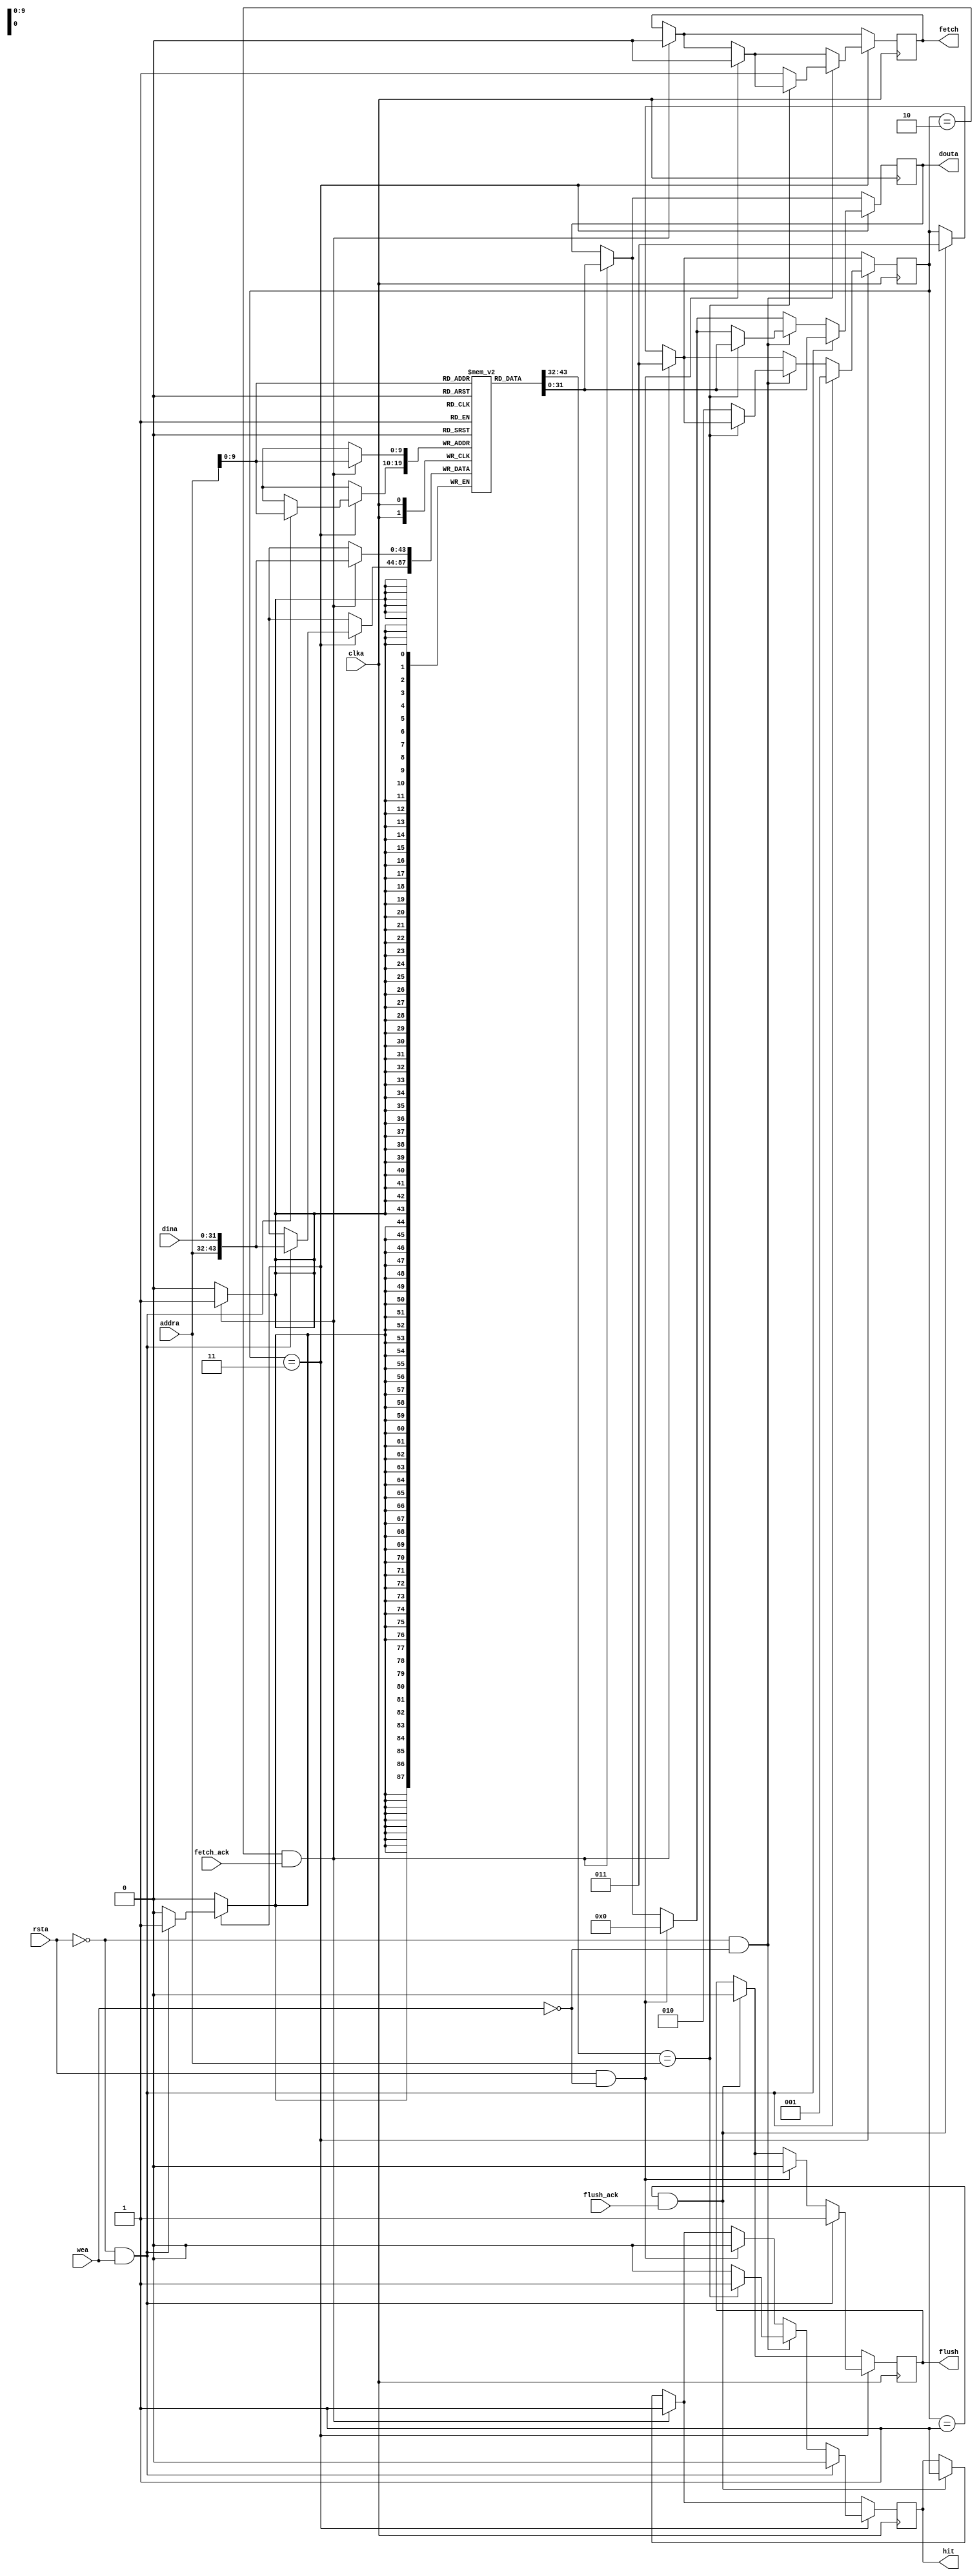
`timescale 1ns / 1ps
//////////////////////////////////////////////////////////////////////////////////
// Company:        ADDA Ltd.
// 
// Design Name: 
// Module Name:    unified_cache_1024_words 
// Project Name: 
// Target Devices: 
// Tool versions: 
// Description: 
//
// Dependencies: 
//
// Revision: 
// Revision 0.01 - File Created
// Additional Comments: 
//
//////////////////////////////////////////////////////////////////////////////////
module parameterized_direct_mapped_cache(clka, rsta, wea, addra, dina, fetch_ack, flush_ack, douta, flush, fetch, hit);

  // Parameters (and their default values)
  parameter SIZE                = 1024; // Cache size in words
  parameter ADDRESS_SPACE       = 12;   // Of the entire memory
  parameter DATA_SIZE           = 32;   // The word size
  parameter CACHE_ADDRESS_SPACE = 10;   // The rest of the addresses wrap around

  // Inputs
  input clka;                           // Clock
  input rsta;                           // Reset
  input [0:0] wea;                      // Write Enable
  input [ADDRESS_SPACE-1:0] addra;      // Max mem space is 31:0 in final circuit. 
                                        //   For now it is 11:0 in onboard ram
  input [DATA_SIZE-1:0] dina;           // Data in
  input fetch_ack;                      // When RAM find information and places it on the data b
  input flush_ack;                      // When RAM acknowledges the receipt of data

  // Outputs
  output reg [DATA_SIZE-1:0] douta;     // Data Out
  output reg flush;                     // Signal sent to RAM Controller
  output reg fetch;                     // Signal sent to RAM Controller
  output reg hit;                       // Signal sent to CPU

  // The actual memory
  reg [ADDRESS_SPACE + DATA_SIZE - 1:0]    mem [0:SIZE-1]; // ADRESS_SPACEb address tag + DATA_SIZEb data
  
  parameter STATE_FLUSHING = 1;
  parameter STATE_FETCHING = 2;
  parameter STATE_NORMAL   = 3;
  reg [2:0] STATE = STATE_NORMAL;

  // At clock
  always @(posedge clka)
  begin
  
    if ((STATE == STATE_FLUSHING) & flush_ack)  // If main RAM acknowledges receipt of data
    begin
      hit <= 1;
      flush <= 0;
      STATE <= STATE_NORMAL;
      $display("Flush acknowledged by RAM. Enter normal state.");
    end
    
    if ((STATE == STATE_FETCHING) & fetch_ack)  // If main RAM gives us data
    begin
      // Write it into cache and output it
      mem[addra[CACHE_ADDRESS_SPACE-1:0]] <= {addra, dina};
      douta <= mem[addra[CACHE_ADDRESS_SPACE-1:0]][31:0];
      hit <= 1;
      fetch <= 0;
      STATE <= STATE_NORMAL;
      $display("Fetch acknowledged by RAM, which sent the data. Enter normal state. Outputting data to CPU.");
    end
    
    if (STATE == STATE_NORMAL)
    begin
      // Do the read
      if (rsta && !wea)
      begin
        douta <= 0;
        hit <= 0;
        flush <= 0;
        fetch <= 0;
        $display("Reset.");
      end
      
      if (!rsta && !wea)
      begin
        if (mem[addra[CACHE_ADDRESS_SPACE-1:0]][43:32] == addra)
        begin
          // If we have that address in the cache it's a hit
          douta <= mem[addra[CACHE_ADDRESS_SPACE-1:0]][31:0];
          hit <= 1;
          $display("Cache hit. Outputting data to CPU.");
        end
        else
        begin
          // If we don't have that address we need to fetch it
          hit <= 0;
          fetch <= 1;
          $display("Cache miss. Fetching data...");
          STATE <= STATE_FETCHING;
        end
      end
       
      // The write is flushed immediately to the RAM
      if (!rsta && wea) 
      begin
        mem[addra[CACHE_ADDRESS_SPACE-1:0]] <= {addra, dina};
        douta <= mem[addra[CACHE_ADDRESS_SPACE-1:0]][31:0];
        flush <= 1;
        hit <= 0;
        $display("Writing to cache and flushing to RAM, waiting for it to FACK...");
        STATE <= STATE_FLUSHING;
      end
    end
  end

endmodule